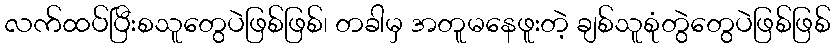
လက်ထပ်ပြီးစသူတွေပဲဖြစ်ဖြစ်၊ တခါမှ အတူမနေဖူးတဲ့ ချစ်သူစုံတွဲတွေပဲဖြစ်ဖြစ်